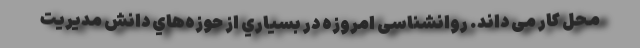
محل کار می داند. روانشناسی امروزه در بسياري از حوزه‌هاي دانش مديريت